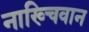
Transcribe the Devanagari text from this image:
नाख्चिवान